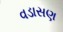
વડાસણ